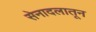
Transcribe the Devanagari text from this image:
सेनादलातून